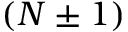
( N \pm 1 )